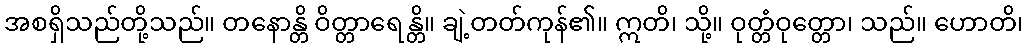
အစရှိသည်တို့သည်။ တနောန္တိ ဝိတ္တာရေန္တိ။ ချဲ့တတ်ကုန်၏။ ဣတိ၊ သို့။ ဝုတ္တံဝုတ္တော၊ သည်။ ဟောတိ၊